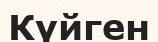
Күйген